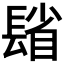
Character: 𨲓